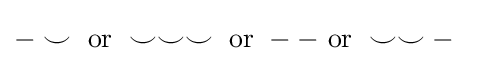
-\smile \ \mathrm {or} \ \smile \smile \smile \ \mathrm {or} \ --\ \mathrm {or} \ \smile \smile -\ \